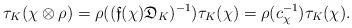
LaTeX: \begin{align*} \tau_{K}(\chi \otimes \rho) = \rho((\mathfrak{f}(\chi)\mathfrak{D}_{K})^{-1}) \tau_{K}(\chi) = \rho(c_{\chi}^{-1}) \tau_K(\chi).\end{align*}